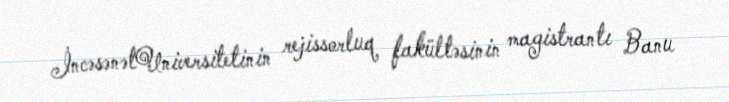
İncəsənətUniversitetinin rejissorluq fakültəsinin magistrantı Banu